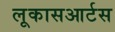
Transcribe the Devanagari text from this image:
लूकासआर्टस